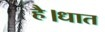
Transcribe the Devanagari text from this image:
है।धात